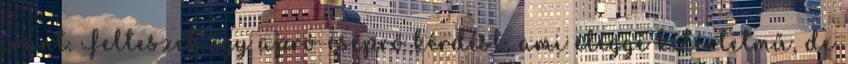
iránt. Felteszek egy apró-cseprő kérdést, ami eléggé kétértelmű, de